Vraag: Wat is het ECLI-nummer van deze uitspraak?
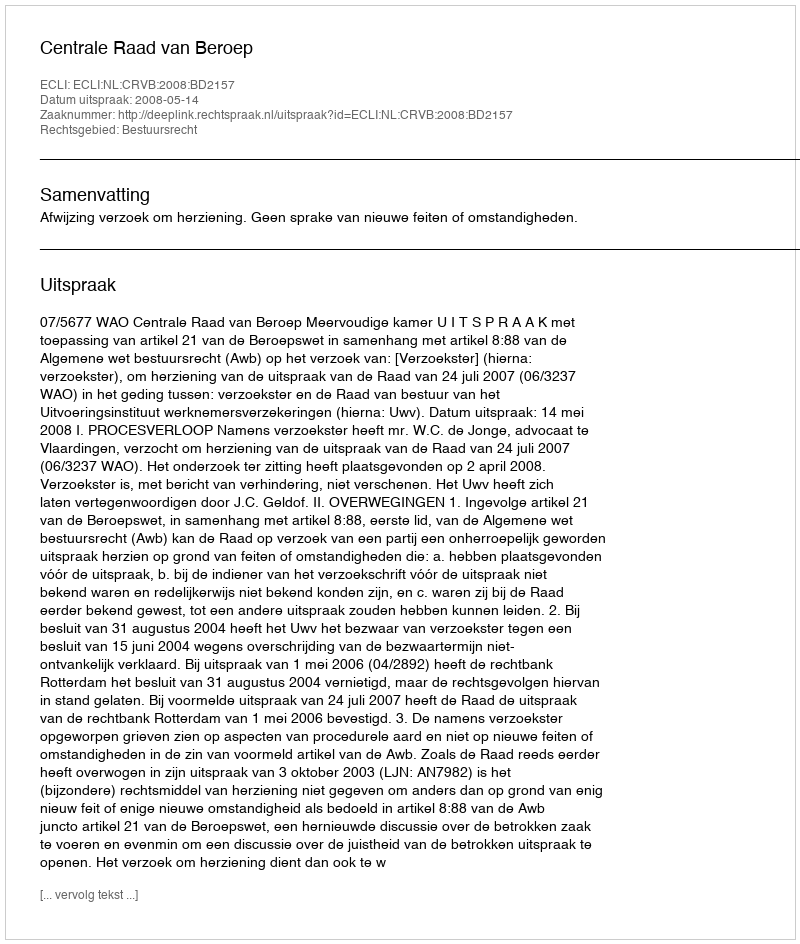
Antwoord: ECLI:NL:CRVB:2008:BD2157